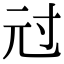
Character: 㝴